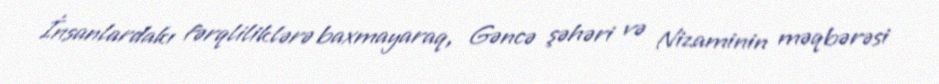
İnsanlardakı fərqliliklərə baxmayaraq, Gəncə şəhəri və Nizaminin məqbərəsi